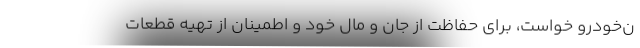
ن‌خودرو خواست، برای حفاظت از جان و مال خود و اطمینان از تهیه قطعات